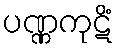
ပဏ္ဏကုဋိံ